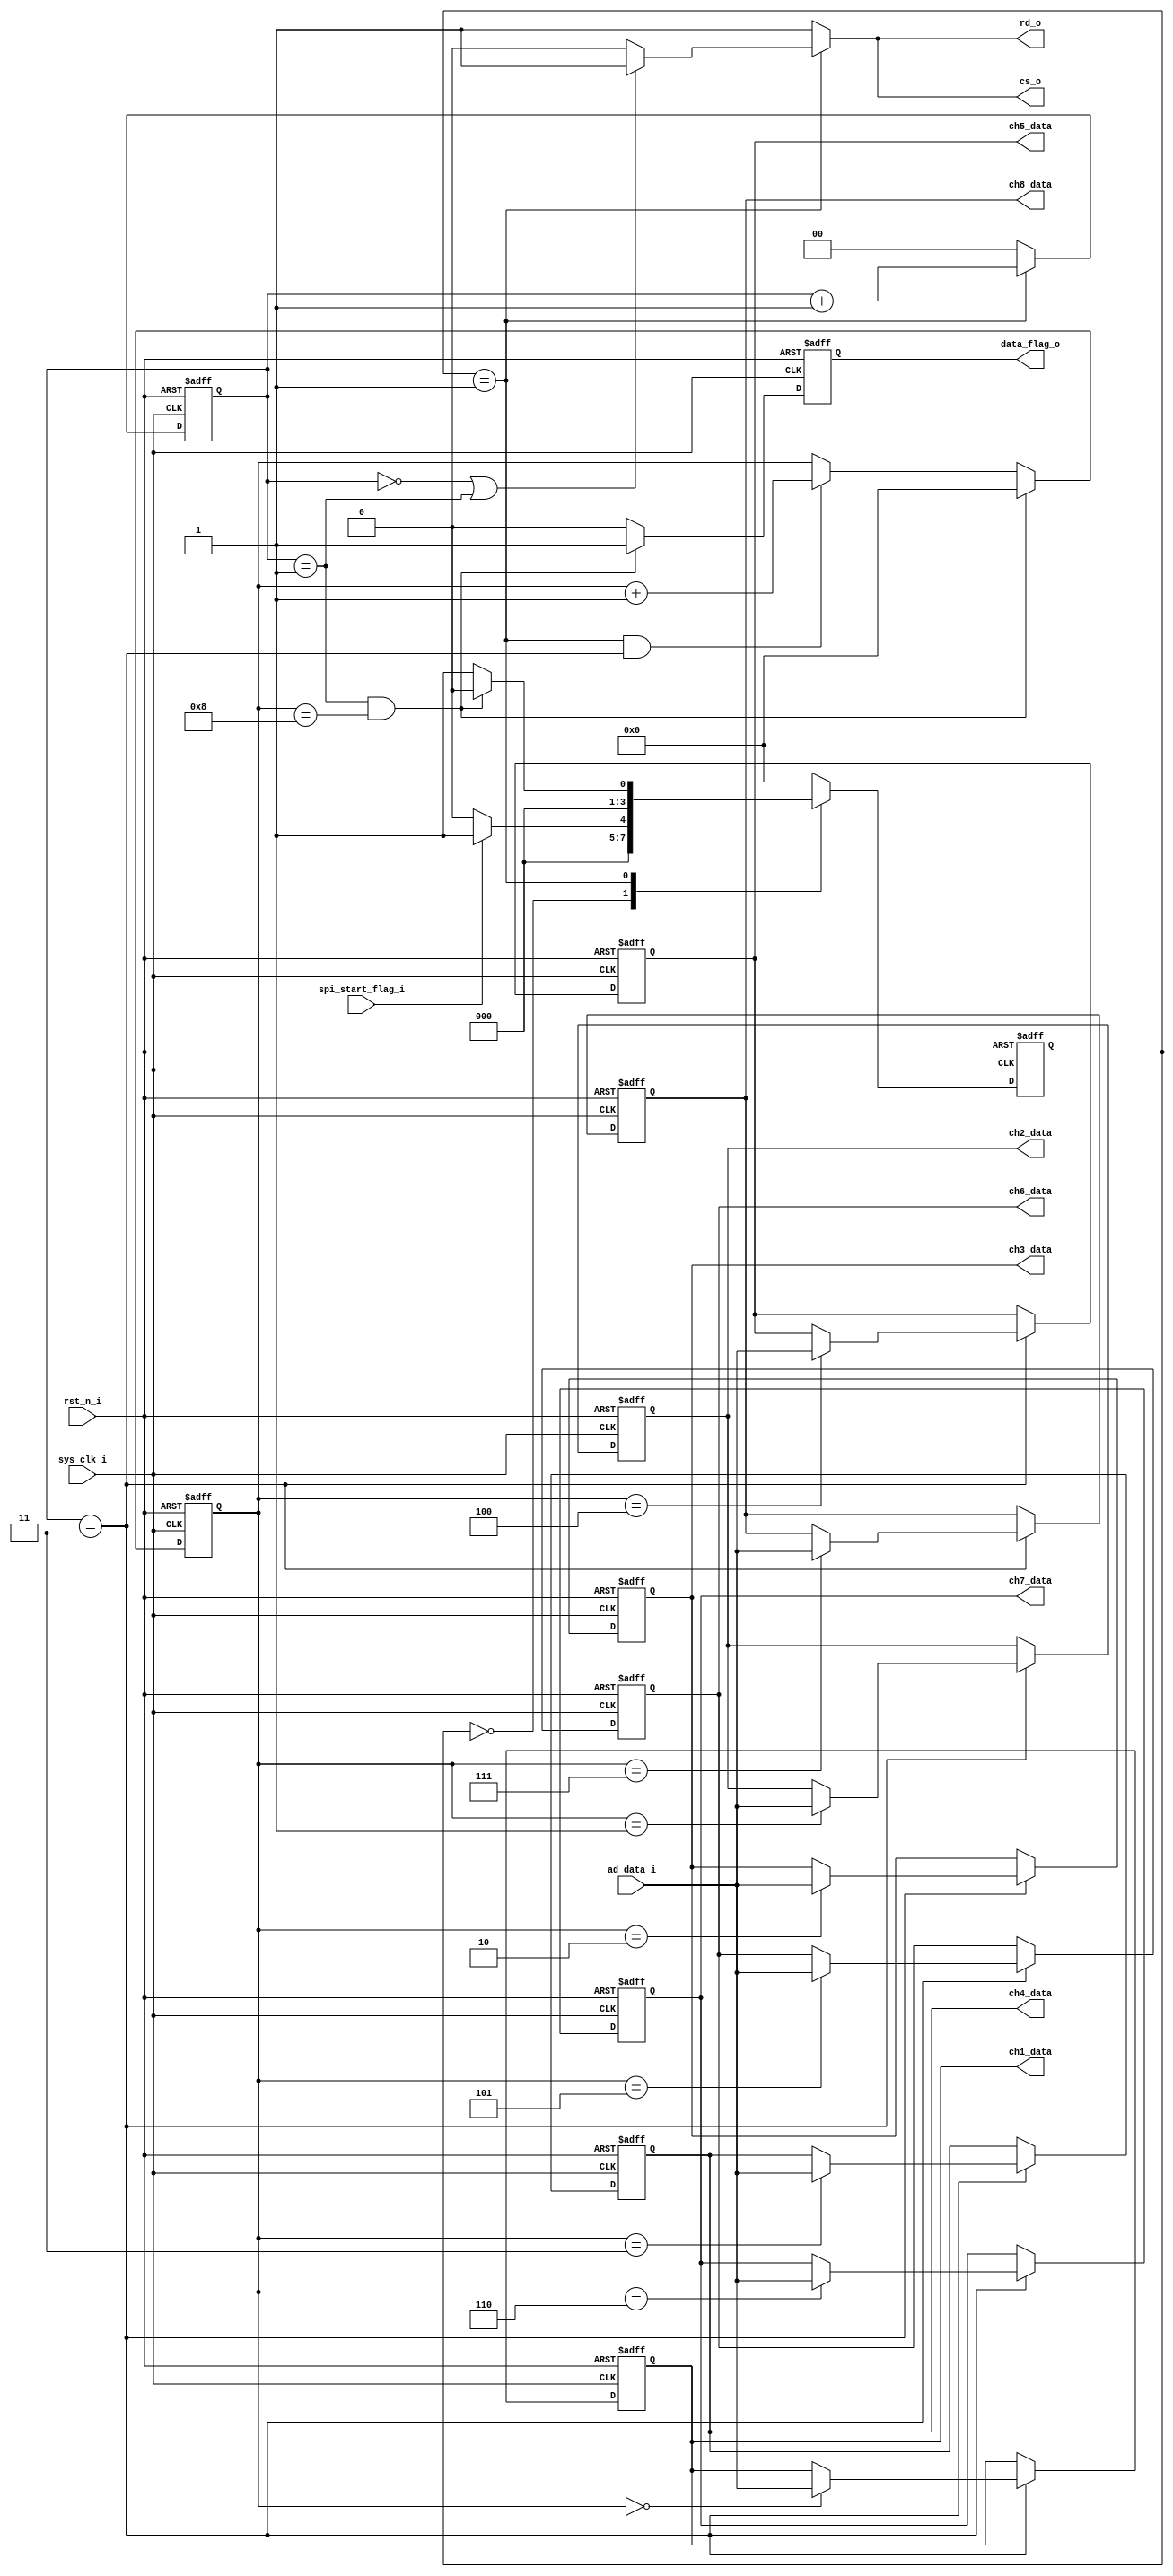


module ad9606_spi_logic (
    input                               sys_clk_i                  ,
    input                               rst_n_i                    ,
    //
    input                               spi_start_flag_i           ,
    //spi
    output                              cs_o                       ,
    output reg                          rd_o                       ,
    input              [  15:0]         ad_data_i                  ,
    //
    output reg                          data_flag_o                ,
    output reg         [  15:0]         ch1_data                   ,
    output reg         [  15:0]         ch2_data                   ,
    output reg         [  15:0]         ch3_data                   ,
    output reg         [  15:0]         ch4_data                   ,
    output reg         [  15:0]         ch5_data                   ,
    output reg         [  15:0]         ch6_data                   ,
    output reg         [  15:0]         ch7_data                   ,
    output reg         [  15:0]         ch8_data                   
);

// ********************************************************************************** // 
//---------------------------------------------------------------------
// REGS
//---------------------------------------------------------------------

reg                    [   3:0]         cur_state                  ;

reg                    [   3:0]         next_state                 ;

reg                    [   1:0]         cnt_clk                    ;

reg                    [   3:0]         cnt_data                   ;
// ********************************************************************************** // 
//---------------------------------------------------------------------
// localparam
//---------------------------------------------------------------------
localparam                              IDLE = 0                   ;
localparam                              READ = 1                   ;
// ********************************************************************************** // 
//---------------------------------------------------------------------
// 
//---------------------------------------------------------------------
always@(posedge sys_clk_i or negedge rst_n_i)begin
    if(!rst_n_i)
        cnt_clk<='d0;
    else if (cur_state==READ) begin
        cnt_clk<=cnt_clk+'d1;
    end
    else
        cnt_clk<='d0;
end

always@(posedge sys_clk_i or negedge rst_n_i)begin
    if(!rst_n_i)
        cnt_data<='d0;
    else if (cnt_clk == 'd1 && cnt_data == 'd8) begin
        cnt_data<='d0;
    end
    else if (cur_state==READ && cnt_clk == 'd3) begin
        cnt_data<=cnt_data+'d1;
    end
    else
        cnt_data<=cnt_data;
end
// ********************************************************************************** // 
//---------------------------------------------------------------------
// 
//---------------------------------------------------------------------
//,,
always@(posedge sys_clk_i or negedge rst_n_i)begin
    if(!rst_n_i)
        cur_state<=IDLE;
    else
        cur_state<=next_state;
end

//,,
always@(*)begin
    case(cur_state)
        IDLE:begin
            if (spi_start_flag_i) begin
                next_state<=READ;
            end
            else
                next_state<=IDLE;
        end
        READ:begin
            if (cnt_clk == 'd1 && cnt_data == 'd8) begin
                next_state<=IDLE;
            end
            else
                next_state<=READ;
        end
        default:next_state<=IDLE;
    endcase
end

assign cs_o = rd_o;

always@(*)begin
    if (cur_state == READ) begin
        if (cnt_clk=='d0||cnt_clk=='d1) begin
            rd_o<='d1;
        end
        else
            rd_o<='d0;
    end
    else
        rd_o<='d1;
end

always@(posedge sys_clk_i or negedge rst_n_i)begin
    if(!rst_n_i)begin
        ch1_data<='d0;
        ch2_data<='d0;
        ch3_data<='d0;
        ch4_data<='d0;
        ch5_data<='d0;
        ch6_data<='d0;
        ch7_data<='d0;
        ch8_data<='d0;
    end
    else if (cnt_clk==3) begin
        case (cnt_data)
            0: ch1_data<=ad_data_i;
            1: ch2_data<=ad_data_i;
            2: ch3_data<=ad_data_i;
            3: ch4_data<=ad_data_i;
            4: ch5_data<=ad_data_i;
            5: ch6_data<=ad_data_i;
            6: ch7_data<=ad_data_i;
            7: ch8_data<=ad_data_i;
            default: begin
                ch1_data<=ch1_data;
                ch2_data<=ch2_data;
                ch3_data<=ch3_data;
                ch4_data<=ch4_data;
                ch5_data<=ch5_data;
                ch6_data<=ch6_data;
                ch7_data<=ch7_data;
                ch8_data<=ch8_data;
            end
        endcase
    end
    else begin
        ch1_data<=ch1_data;
        ch2_data<=ch2_data;
        ch3_data<=ch3_data;
        ch4_data<=ch4_data;
        ch5_data<=ch5_data;
        ch6_data<=ch6_data;
        ch7_data<=ch7_data;
        ch8_data<=ch8_data;
    end
end

always@(posedge sys_clk_i or negedge rst_n_i)begin
    if(!rst_n_i)
        data_flag_o <= 'd0;
    else if (cnt_clk == 'd1 && cnt_data == 'd8) begin
        data_flag_o <= 'd1;
    end
    else
        data_flag_o <= 'd0;
end
// ila_ch_data ila_ch_data (
//     .clk                               (sys_clk_i                 ),// input wire clk


//     .probe0                            (ch1_data                  ),// input wire [15:0]  probe0  
//     .probe1                            (ch2_data                  ),// input wire [15:0]  probe1 
//     .probe2                            (ch3_data                  ),// input wire [15:0]  probe2 
//     .probe3                            (ch4_data                  ),// input wire [15:0]  probe3 
//     .probe4                            (ch5_data                  ),// input wire [15:0]  probe4 
//     .probe5                            (ch6_data                  ),// input wire [15:0]  probe5 
//     .probe6                            (ch7_data                  ),// input wire [15:0]  probe6 
//     .probe7                            (ch8_data                  ),// input wire [15:0]  probe7 
//     .probe8                            (next_state                ) // input wire [3:0]  probe8
// );
endmodule